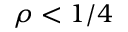
\rho < 1 / 4